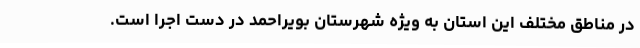
در مناطق مختلف این استان به ویژه شهرستان بویراحمد در دست اجرا است.